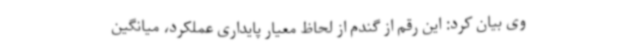
وی بیان کرد: این رقم از گندم از لحاظ معیار پایداری عملکرد، میانگین